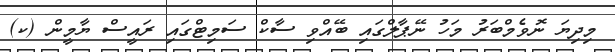
މިދިޔަ ނޮވެމްބަރު މަހު ނޭޕާލްގައި ބޭއްވި ސާކް ސަމިޓްގައި ރައީސް ޔާމީން (ކ)